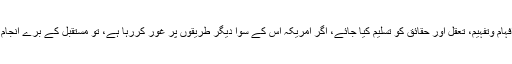
راہِ حل کا واحد طریقہ یہ ہے کہ افہام وتفہیم، تعقل اور حقائق کو تسلیم کیا جائے، اگر امریکہ اس کے سوا دیگر طریقوں پر غور کررہا ہے، تو مستقبل کے برے انجام کی ذمہ داری اسی پر عائد ہوگی۔